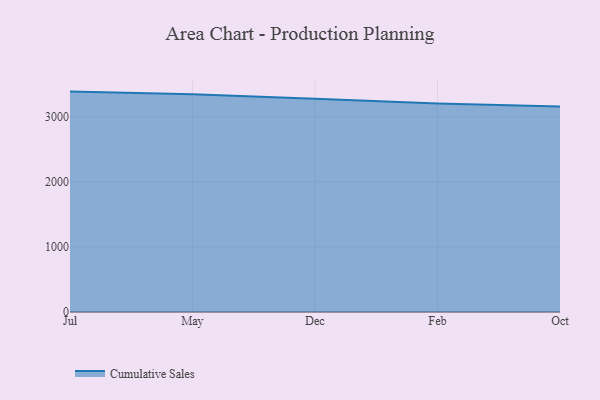
{"axis": {"x": "Month", "y": "Budget (USD K)"}, "legend": ["Cumulative Sales"], "data": [{"x": "Jul", "y": 3386.4, "type": "Cumulative Sales"}, {"x": "May", "y": 3344.6, "type": "Cumulative Sales"}, {"x": "Dec", "y": 3275.8, "type": "Cumulative Sales"}, {"x": "Feb", "y": 3204.5, "type": "Cumulative Sales"}, {"x": "Oct", "y": 3155.8, "type": "Cumulative Sales"}]}